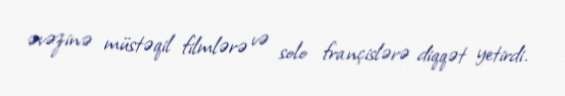
əvəzinə müstəqil filmlərə və solo françislərə diqqət yetirdi.